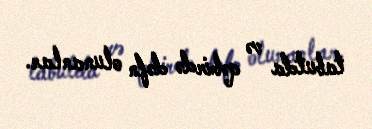
tabutda və qəbirdə dəfn olunanlar.